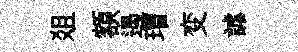
爼額遏瑁变謔